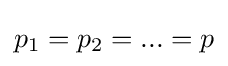
p_{1}=p_{2}=...=p